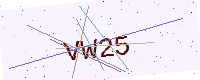
Text: VW25